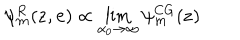
LaTeX: \psi _ { \bf m } ^ { R } ( { \bf z } , { \bf e } ) \propto \lim _ { \alpha _ { 0 } \rightarrow \infty } \psi _ { \bf m } ^ { C G } ( { \bf z } )